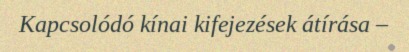
Kapcsolódó kínai kifejezések átírása –